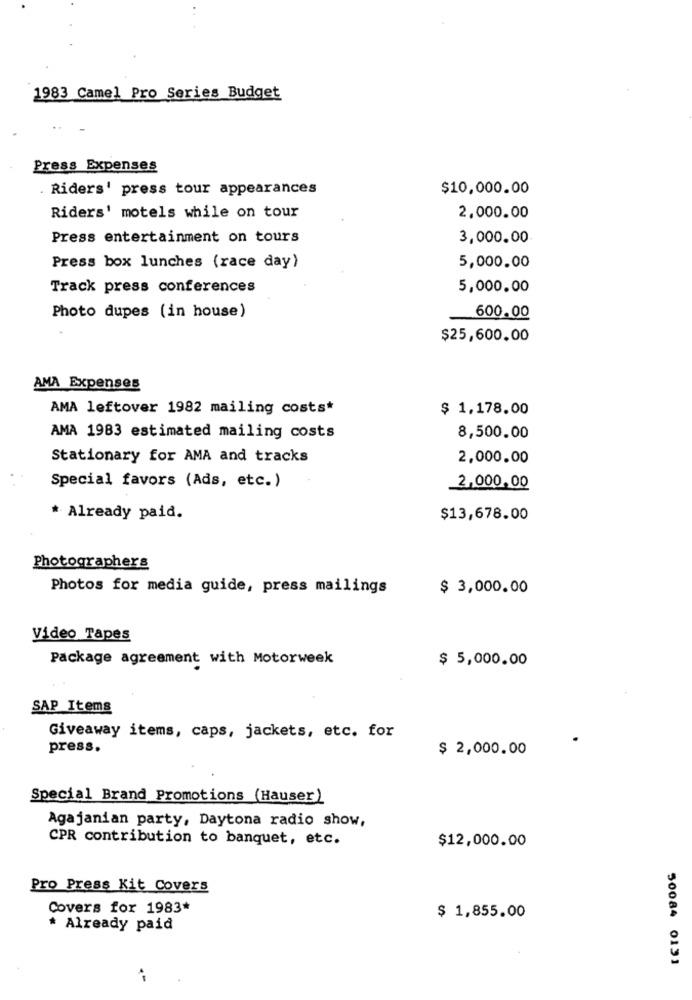
1983 Camel Pro Series Budget
Press Expenses
Riders' press tour appearances
$10,000.00
Riders' motels while on tour
2,000.00
Press entertainment on tours
3,000.00
Press box lunches (race day)
5,000.00
Track press conferences
5,000.00
Photo dupes (in house)
600.00
$25,600.00
AMA Expenses
AMA leftover 1982 mailing costs*
$ 1.178.00
AMA 1983 estimated mailing costs
8,500.00
Stationary for AMA and tracks
2,000.00
Special favors (Ads, etc.)
2,000,00
* Already paid.
$13,678.00
Photographers
Photos for media guide, press mailings
$ 3,000.00
Video Tapes
Package agreement with Motorweek
$ 5,000.00
SAP Items
Giveaway items, caps, jackets, etc. for
press.
$ 2,000.00
Special Brand Promotions (Hauser)
Agajanian party, Daytona radio show,
CPR contribution to banquet, etc.
$12,000.00
Pro Press Kit Covers
Covers for 1983*
$ 1,855.00
* Already paid
50084 0131